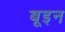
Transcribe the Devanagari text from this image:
बूइन